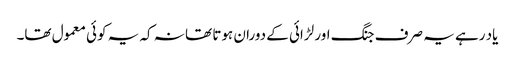
یاد رہے یہ صرف جنگ اور لڑائی کے دوران ہوتا تھا نہ کہ یہ کوئی معمول تھا۔